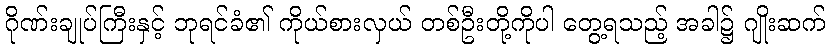
ဂိုဏ်းချုပ်ကြီးနှင့် ဘုရင်ခံ၏ ကိုယ်စားလှယ် တစ်ဦးတို့ကိုပါ တွေ့ရသည့် အခါ၌ ဂျိုးဆက်